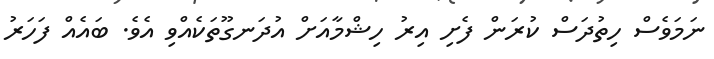
ނަމަވެސް ހިތުދަސް ކުރަން ފެށި އިރު ހިޝްމާއަށް އުދަނގޫތަކެއްވި އެވެ. ބައެއް ފަހަރު